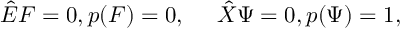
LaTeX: { \hat { E } } F = 0 , p ( F ) = 0 , \quad \ { \hat { X } } \Psi = 0 , p ( \Psi ) = 1 ,